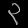
Digit: ၃